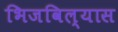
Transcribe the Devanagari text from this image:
भिजविल्यास